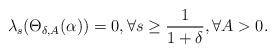
\begin{align*} \lambda_{s}(\Theta_{\delta,A}(\alpha))= 0, \forall s\geq \frac{1}{1+\delta}, \forall A>0.\end{align*}